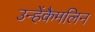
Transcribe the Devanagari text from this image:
उन्हेंकैमलिन